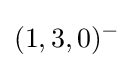
(1,3,0)^{-}